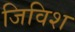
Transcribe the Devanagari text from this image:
जिविश